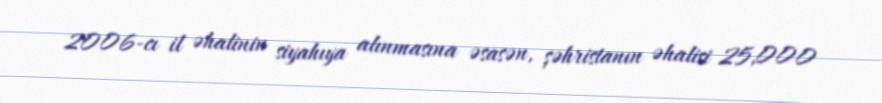
2006-cı il əhalinin siyahıya alınmasına əsasən, şəhristanın əhalisi 25,000